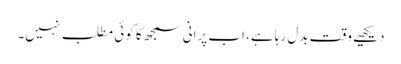
دیکھیے وقت بدل رہا ہے، اب پرانی سمجھ کا کوئی مطلب نہیں۔